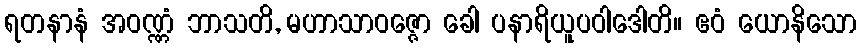
ရတနာနံ အဝဏ္ဏံ ဘာသတိ, မဟာသာဝဇ္ဇော ခေါ ပနာရိယူပဝါဒေါတိ။ ဧဝံ ယောနိသော